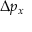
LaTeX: \Delta p _ { x }